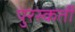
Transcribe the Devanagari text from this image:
पुरस्कर्ती